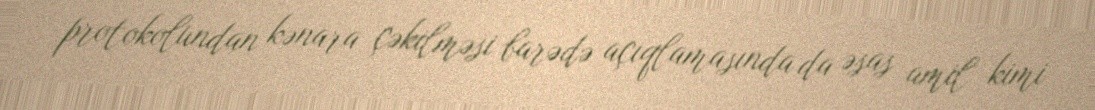
protokolundan kənara çəkilməsi barədə açıqlamasında da əsas amil kimi